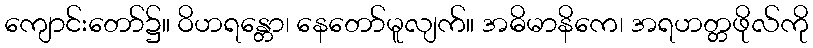
ကျောင်းတော်၌။ ဝိဟရန္တော၊ နေတော်မူလျက်။ အဓိမာနိကေ၊ အရဟတ္တဖိုလ်ကို